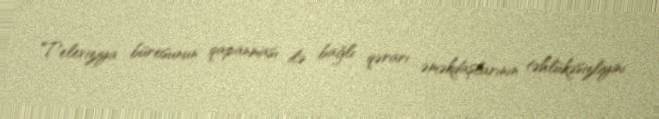
Televiziya bürosunun qapanması ilə bağlı qərarı əməkdaşlarının təhlükəsizliyini